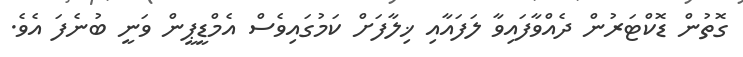
ގޮތުން ޑޮކްޓަރުން ދެއްވާފައިވާ ލަފައާއި ޚިލާފަށް ކަމުގައިވެސް އެމްޑީޕީން ވަނީ ބުނެފަ އެވެ.